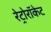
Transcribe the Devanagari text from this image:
रेट्रोरॉकेट